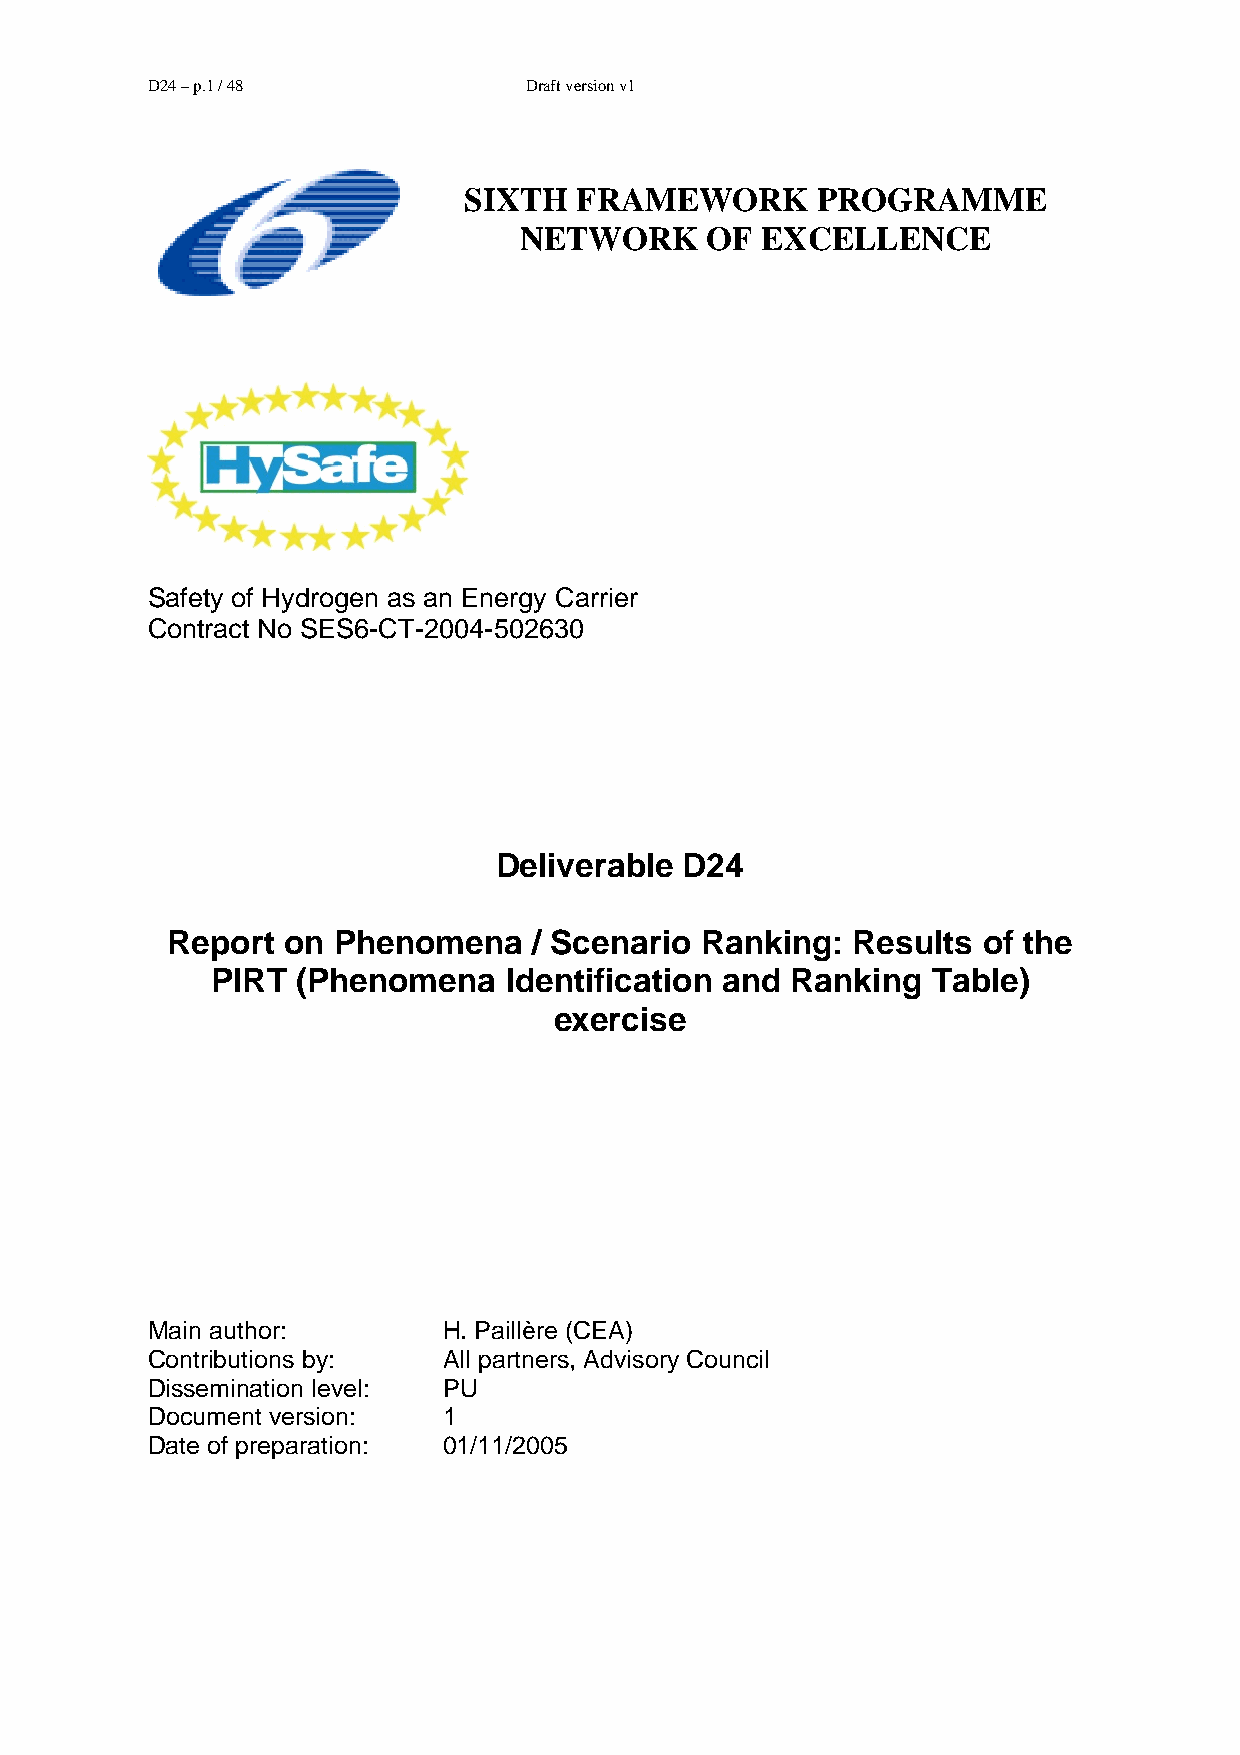
D24 – p.1 / 48           Draft version v1
 SIXTH  FRAMEWORK       PROGRAMME
 NETWORK      OF EXCELLENCE
 Safety of Hydrogen as an Energy Carrier
 Contract No SES6-CT-2004-502630
 Deliverable D24
 Report  on Phenomena    / Scenario Ranking:  Results  of the
 PIRT  (Phenomena   Identification and Ranking   Table)
 exercise
 Main author:       H. Paillère (CEA)
 Contributions by:  All partners, Advisory Council
 Dissemination level: PU
 Document version:  1
 Date of preparation: 01/11/2005